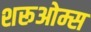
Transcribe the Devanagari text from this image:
शरूओम्स